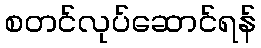
စတင်လုပ်ဆောင်ရန်